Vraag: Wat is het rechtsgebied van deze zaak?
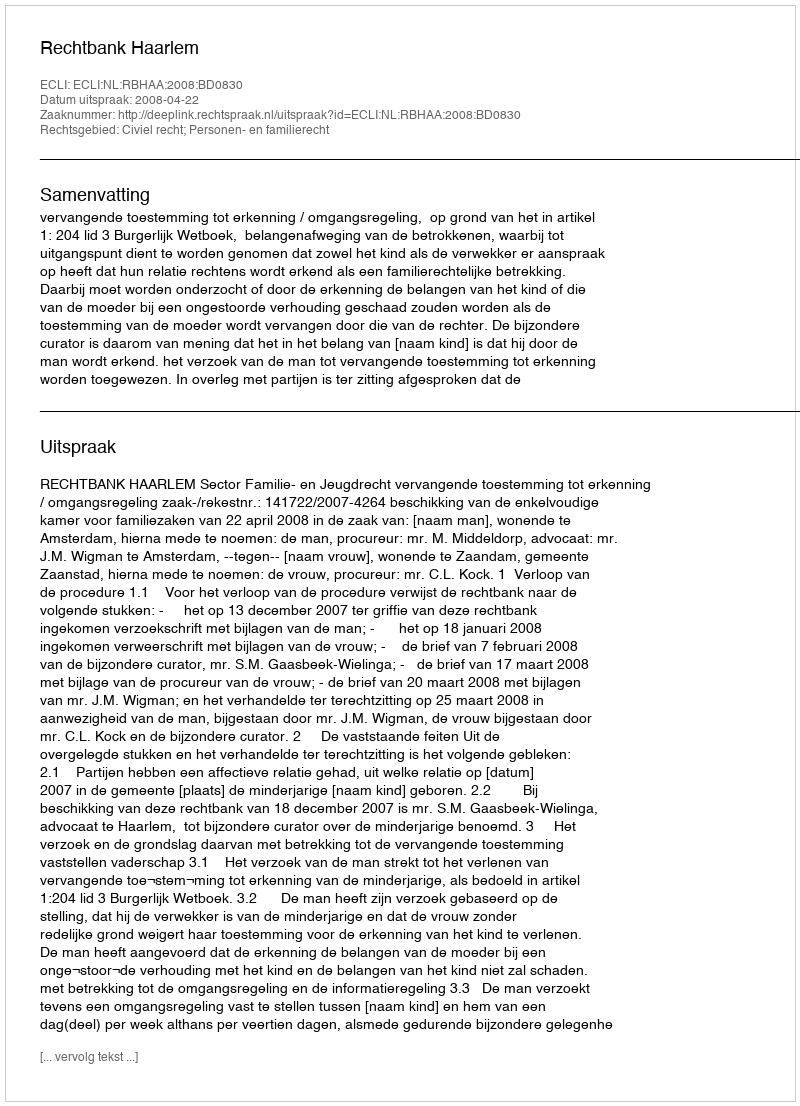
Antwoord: Civiel recht; Personen- en familierecht